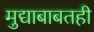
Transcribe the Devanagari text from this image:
मुद्याबाबतही